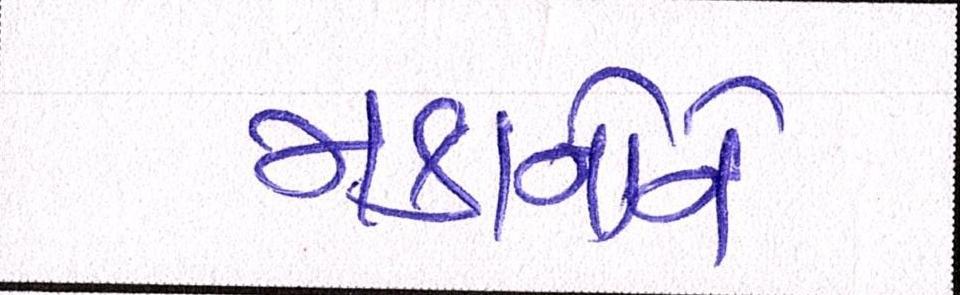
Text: મકાનોને